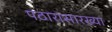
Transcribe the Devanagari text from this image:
पठारासारख्या